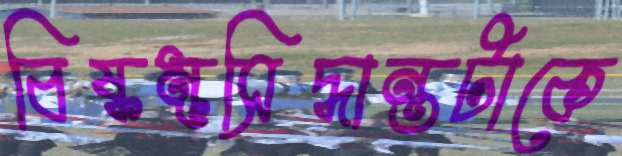
বিষ্কম্ভসিদ্ধান্তটাকে